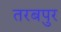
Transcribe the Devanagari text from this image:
तरबपुर